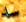
سد